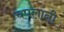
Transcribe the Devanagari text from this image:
चपलांनी